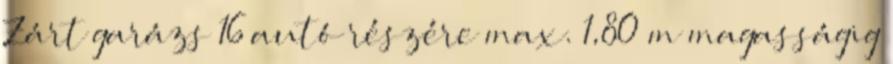
Zárt garázs 16 autó részére max. 1,80 m magasságig